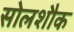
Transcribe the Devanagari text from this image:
सोलशौक